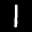
Label: 1